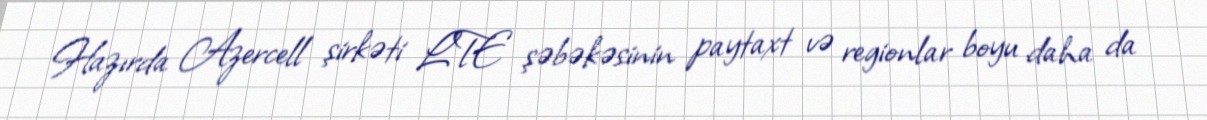
Hazırda Azercell şirkəti LTE şəbəkəsinin paytaxt və regionlar boyu daha da